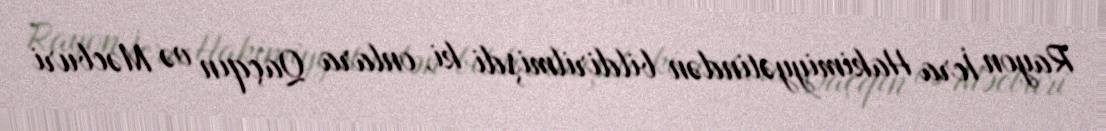
Rayon İcra Hakimiyyətindən bildirilmişdi ki, onlara Qaçqın və Məcburi